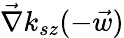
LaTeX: \vec{\nabla}k_{sz}(-\vec{w})